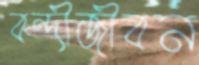
বন্দীজীবন